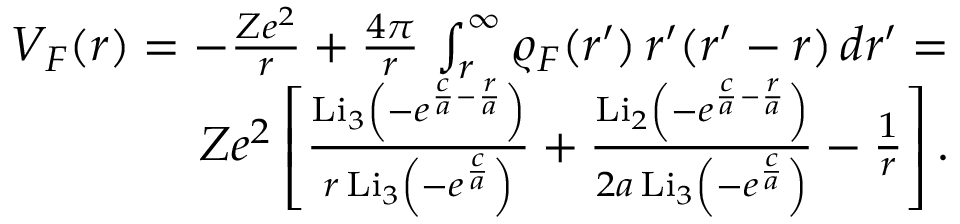
\begin{array} { r } { V _ { F } ( r ) = - \frac { Z e ^ { 2 } } { r } + \frac { 4 \pi } { r } \, \int _ { r } ^ { \infty } \varrho _ { F } ( r ^ { \prime } ) \, r ^ { \prime } ( r ^ { \prime } - r ) \, d r ^ { \prime } = } \\ { Z e ^ { 2 } \left[ \frac { \mathrm { L i } _ { 3 } \left( - e ^ { \frac { c } { a } - \frac { r } { a } } \right) } { r \, \mathrm { L i } _ { 3 } \left( - e ^ { \frac { c } { a } } \right) } + \frac { \mathrm { L i } _ { 2 } \left( - e ^ { \frac { c } { a } - \frac { r } { a } } \right) } { 2 a \, \mathrm { L i } _ { 3 } \left( - e ^ { \frac { c } { a } } \right) } - \frac { 1 } { r } \right] . } \end{array}